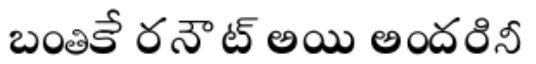
బంతికే రనౌట్ అయి అందరినీ